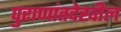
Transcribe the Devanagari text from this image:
पुराणांतदेखील